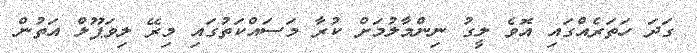
ގަދަ ހަތަރެއްގައި އޮވެ ލީގު ނިންމާލުމަށް ކުރާ މަސައްކަތުގައި މިރޭ ލިވަޕޫލް އަތުން